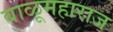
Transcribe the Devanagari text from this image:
बाळूमहाराज